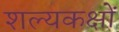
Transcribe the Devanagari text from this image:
शल्यकक्षों